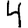
Digit: 4